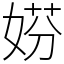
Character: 𡝱